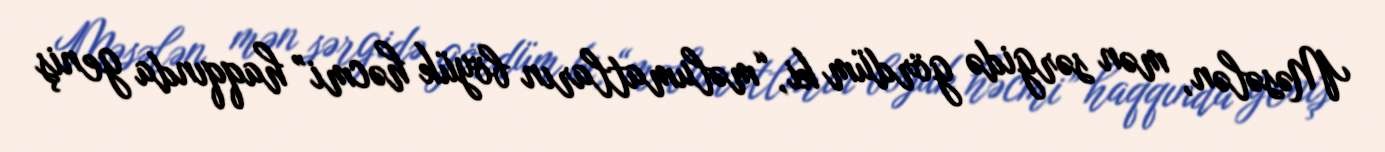
Məsələn, mən sərgidə gördüm ki, “məlumatların böyük həcmi” haqqında geniş